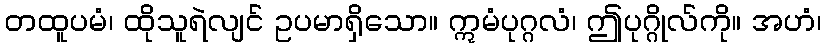
တထူပမံ၊ ထိုသူရဲလျင် ဥပမာရှိသော။ ဣမံပုဂ္ဂလံ၊ ဤပုဂ္ဂိုလ်ကို။ အဟံ၊